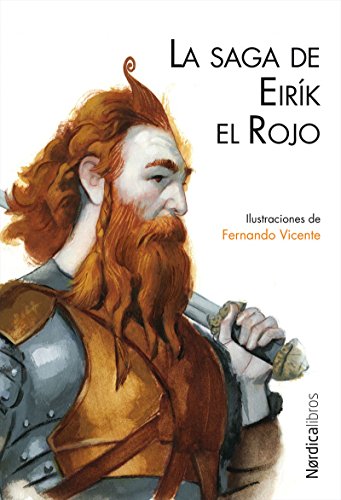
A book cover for La saga de Eirik el Rojo (Ilustrados) (Spanish Edition); Teen & Young Adult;